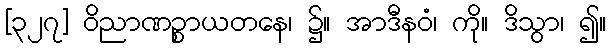
[၃၂၇] ဝိညာဏဉ္စာယတနေ၊ ၌။ အာဒီနဝံ၊ ကို။ ဒိသွာ၊ ၍။